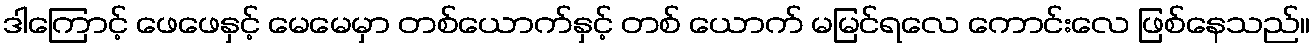
ဒါကြောင့် ဖေဖေနှင့် မေမေမှာ တစ်ယောက်နှင့် တစ် ယောက် မမြင်ရလေ ကောင်းလေ ဖြစ်နေသည်။